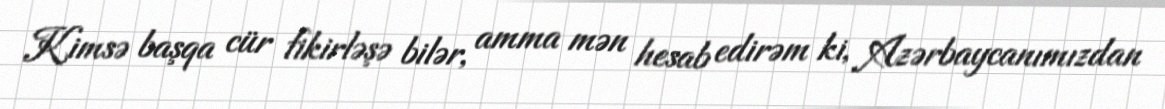
Kimsə başqa cür fikirləşə bilər, amma mən hesab edirəm ki, Azərbaycanımızdan